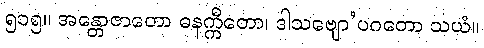
၅၁၅။ အန္တောဇာတော ဓနက္ကီတော၊ ဒါသဗျော’ပဂတော သယံ။